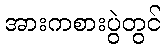
အားကစားပွဲတွင်